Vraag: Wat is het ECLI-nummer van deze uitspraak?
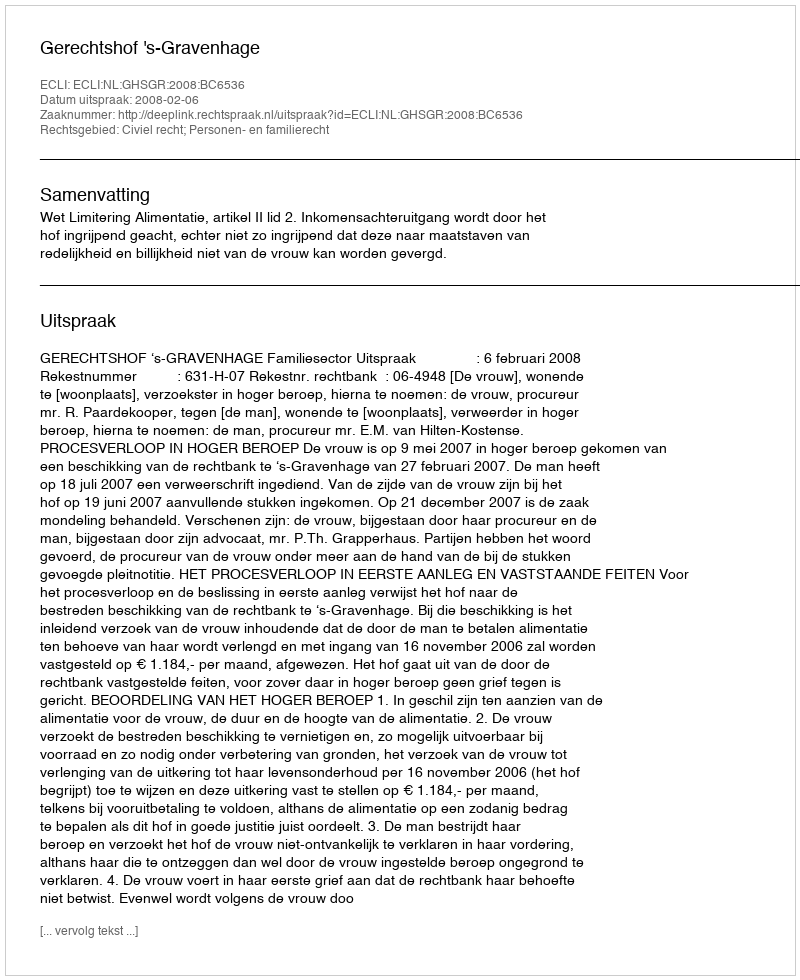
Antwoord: ECLI:NL:GHSGR:2008:BC6536